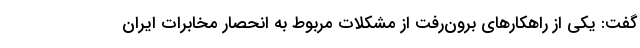
گفت: یکی از راهکارهای برون‌رفت از مشکلات مربوط به انحصار مخابرات ایران